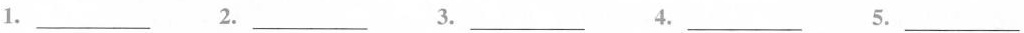
1.___ 2.___ 3.___ 4.___ 5.___